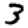
Digit: 3